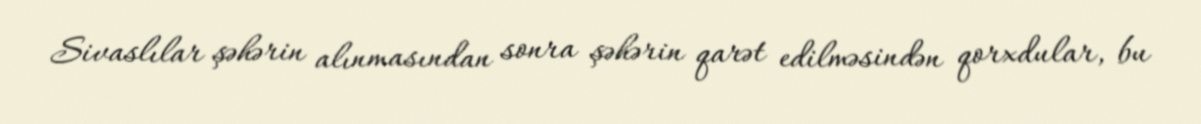
Sivaslılar şəhərin alınmasından sonra şəhərin qarət edilməsindən qorxdular, bu